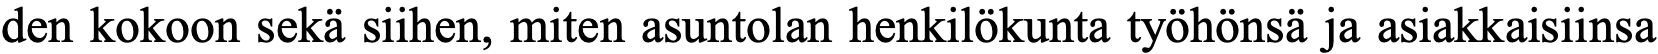
den kokoon sekä siihen, miten asuntolan henkilökunta työhönsä ja asiakkaisiinsa